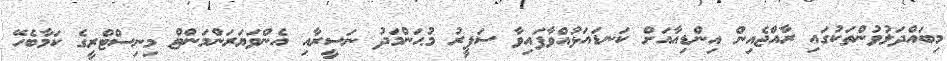
މިބައްދަލުވުންތަކުގައި ރާއްޖެއިން އިންޑިއާއަށް ކަނޑައަޅުއްވާފައިވާ ސަފީރު މުޙަންމަދު ނަސީރާއި އެންވަޔަރަންމަންޓް މިނިސްޓްރީގެ ކަމާބެހޭ